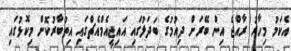
އެކަމު މިހާރު ރާއްޖެ އިން ބޭރަށް ދިއުމުގެ ބަދަލުގައި އައިޖީއެމްއެޗްގައި އިތުބާރުކޮށް މިކޮޅުގައި